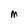
Character: M